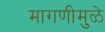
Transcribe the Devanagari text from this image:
मागणीमुळे